Annual report on the lock hospitals of the Madras Presidency
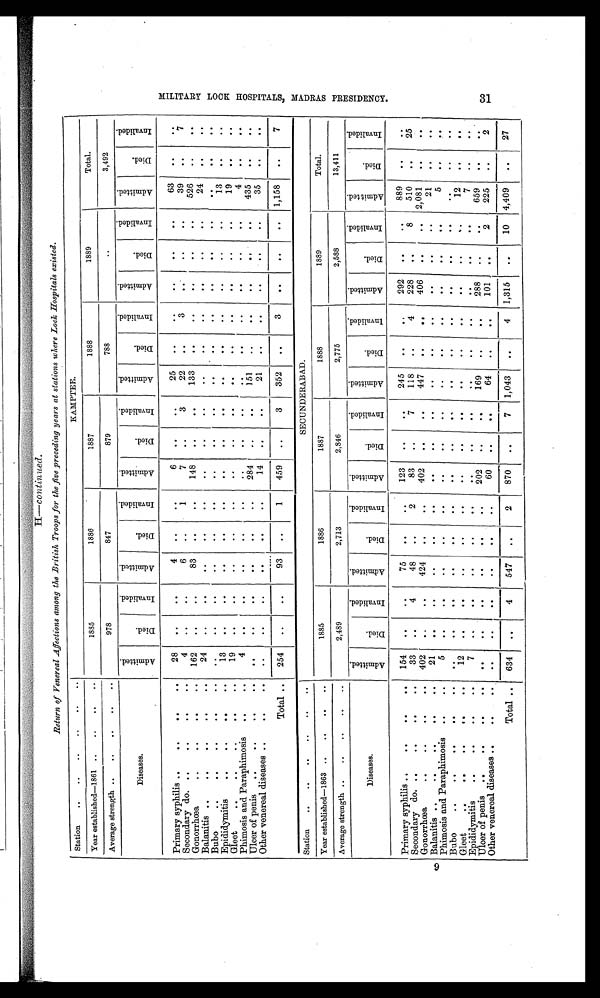
H—continued.
Return of Venereal Affections among the British Troops for the five preceding years at stations where Lock Hospitals existed.
Station
..
..
..
. .
..
. .
KAMPTEE.
Year established—1861 ..
..
. . ..
1885
1886
1887
1888
1889
Total.
Average strength ..
..
..
. .
. .
978
847
879
788
. .
3,492
Diseases.
A d m i t t e d .
D i e d .
I n v a l i d e d .
A d m i t t e d .
D i e d .
I n v a l i d e d .
A d m i t t e d .
D i e d .
I n v a l i d e d .
A d m i t t e d .
D i e d .
I n v a l i d e d .
A d m i t t e d .
D i e d .
I n v a l i d e d .
A d m i t t e d .
D i e d .
I n v a l i d e d .
Primary syphilis ..
. .
. . ..
. .
28
..
. .
4
. .
. .
6
. .
..
2
. .
. .
..
. .
. .
63
. .
. .
Secondary do. ..
. . . . ..
. .
4
. .
. .
6
. .
1
7
. .
3
22
. .
3
. .
. .
. .
39
. .
7
Gonorrhœa
. .
. .
. . . .
. .
162
. .
. .
83
. .
. .
148
. .
. .
133
. .
. .
. .
. .
. .
526
. .
. .
Balanitis ..
. .
. . . . ..
. .
24
. .
. .
. .
. .
. .
. .
. .
. .
. .
. .
. .
. .
. .
. .
24
. .
. .
Bubo
. .
. .
. . . . ...
. .
. .
. .
. .
. .
. .
. .
. .
. .
. .
. .
. .
. .
. .
. .
. .
. .
. .
. .
Epididymitis
. .
. . . . ..
. .
13
..
. .
. .
. .
. .
. .
. .
. .
. .
. .
. .
. .
. .
. .
13
. .
. .
Gleet
. .
. .
. . . . ..
. .
19
. .
. .
. .
. .
. .
. .
. .
. .
. .
. .
. .
. .
. .
. .
19
. .
. .
Phimosis and Paraphimosis ..
. .
4
. .
. .
. .
. .
. .
. .
. .
. .
. .
. .
. .
. .
. .
. .
4
. .
. .
Ulcer of penis
. .
. . . . ..
. .
. .
. .
. .
. .
. .
. .
284
. .
. .
151
. .
. .
. .
. .
. .
435
. .
. .
Other venereal diseases
. . ..
. .
. .
. .
..
. .
. .
..
14
. .
. .
21
..
. .
..
. .
. . 35
. .
. .
Total ..
254
..
. .
93
. .
1
459
. .
3
352
. .
3
. .
. .
. .
1,158
. .
7
Station
. .
. .
. .
.
.
. .
. .
SECUNDERABAD.
Year established—1863 . .
. .
..
. .
1885
1886
1887
1888
1889
Total.
Average strength ..
. .
. .
..
. .
2,489
2,713
2,846
2,775
2,588
13,411
Diseases.
A d m i t t e d .
D i e d .
I n v a l i d e d .
A d m i t t e d .
D i e d .
I n v a l i d e d .
A d m i t t e d .
Di e d .
I n v a l i d e d .
A d m i t t e d .
D i e d .
I n v a l i d e d .
A d m i t t e d .
D i e d .
I n v a l i d e d .
A d m i t t e d .
D i e d .
I n v a l i d e d .
Primary syphilis ..
...
. .
..
. .
154
. .
. .
75
. .
..
123
..
. .
245
. .
. .
292
. .
. .
889
. .
. .
Secondary do. ..
. .
. .
...
. .
33
.
4
48
..
2
83
..
7
118
..
4
228
. .
8
510
. . .
25
Gonorrhœa
. .
. .
. .
..
. .
402
. .
424
. .
. .
4 0 2
..
. .
447
. . . .
406
. .
. . 2,081
. .
. .
Balanitis ..
. .
. .
. .
..
. .
21
. .
. .
. .
. .
. .
..
..
. .
. .
. .
. . .
. .
. .
. .
21
..
. .
Phimosis and Paraphimosis ..
..
5
. .
. .
. .
. .
. .
..
..
..
..
...
..
. .
. . .
..
5
. .
. .
Bubo
..
. .
. .
. .
..
. .
. .
. .
. .
. .
. .
. .
. .
..
. .
. .
. .
. .
. .
. .
. .
. .
. .
. .
Gleet
. .
. .
. .
. .
..
. .
12
. .
. .
. .
. .
. .
. .
..
. .
. .
. .
. .
. .
. .
. .
12
. .
. .
Epididymitis
. .
. .
. .
..
. .
7
. .
. .
. .
. .
. .
. .
..
. .
. .
. .
. .
. .
. .
. .
7
..
. .
Ulcer of penis ..
. .
. .
..
. .
. .
. .
. .
. .
. .
. .
202
..
. .
169
. .
. . 288
..
. .
659
.
.
. .
Other venereal diseases ..
. .
. .
. .
. .
. .
. .
..
. .
. .
60
..
. .
64
. .
. .
101
. .
2
225
. .
2
Total ..
634
. .
4
547
..
2
870
..
7
1 , 0 4 3
. .
4 1,315
. .
10
4 , 4 0 9
.
.
27
M I L I T A R Y L O C K H O S P I T A L S , M A D R A S P R E S I D E N C Y . 3 1